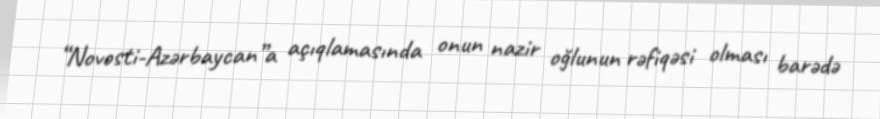
“Novosti-Azərbaycan”a açıqlamasında onun nazir oğlunun rəfiqəsi olması barədə